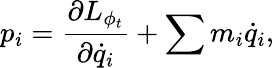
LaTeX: {p}_{i}=\frac{\partial L_{\phi_{t}}}{\partial{\dot{q}}_{i}}+\sum m_{i}{\dot{q}}_{i},